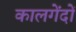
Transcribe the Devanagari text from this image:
कालगेंदों